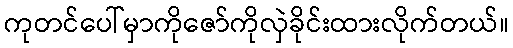
ကုတင်ပေါ်မှာကိုဇော်ကိုလှဲခိုင်းထားလိုက်တယ်။